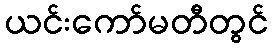
ယင်းကော်မတီတွင်